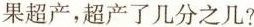
果超产，超产了几分之几?